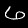
Label: 6